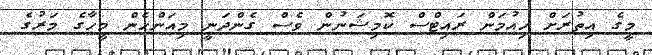
މީގެ އިތުރަށް ހިއުމަން ރައިޓްސް ކޮމިޝަނުން ވެސް ގެންދަނީ މިއަންހެން މީހާގެ މަރުގެ